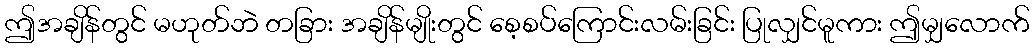
ဤအချိန်တွင် မဟုတ်ဘဲ တခြား အချိန်မျိုးတွင် စေ့စပ်ကြောင်းလမ်းခြင်း ပြုလျှင်မူကား ဤမျှလောက်